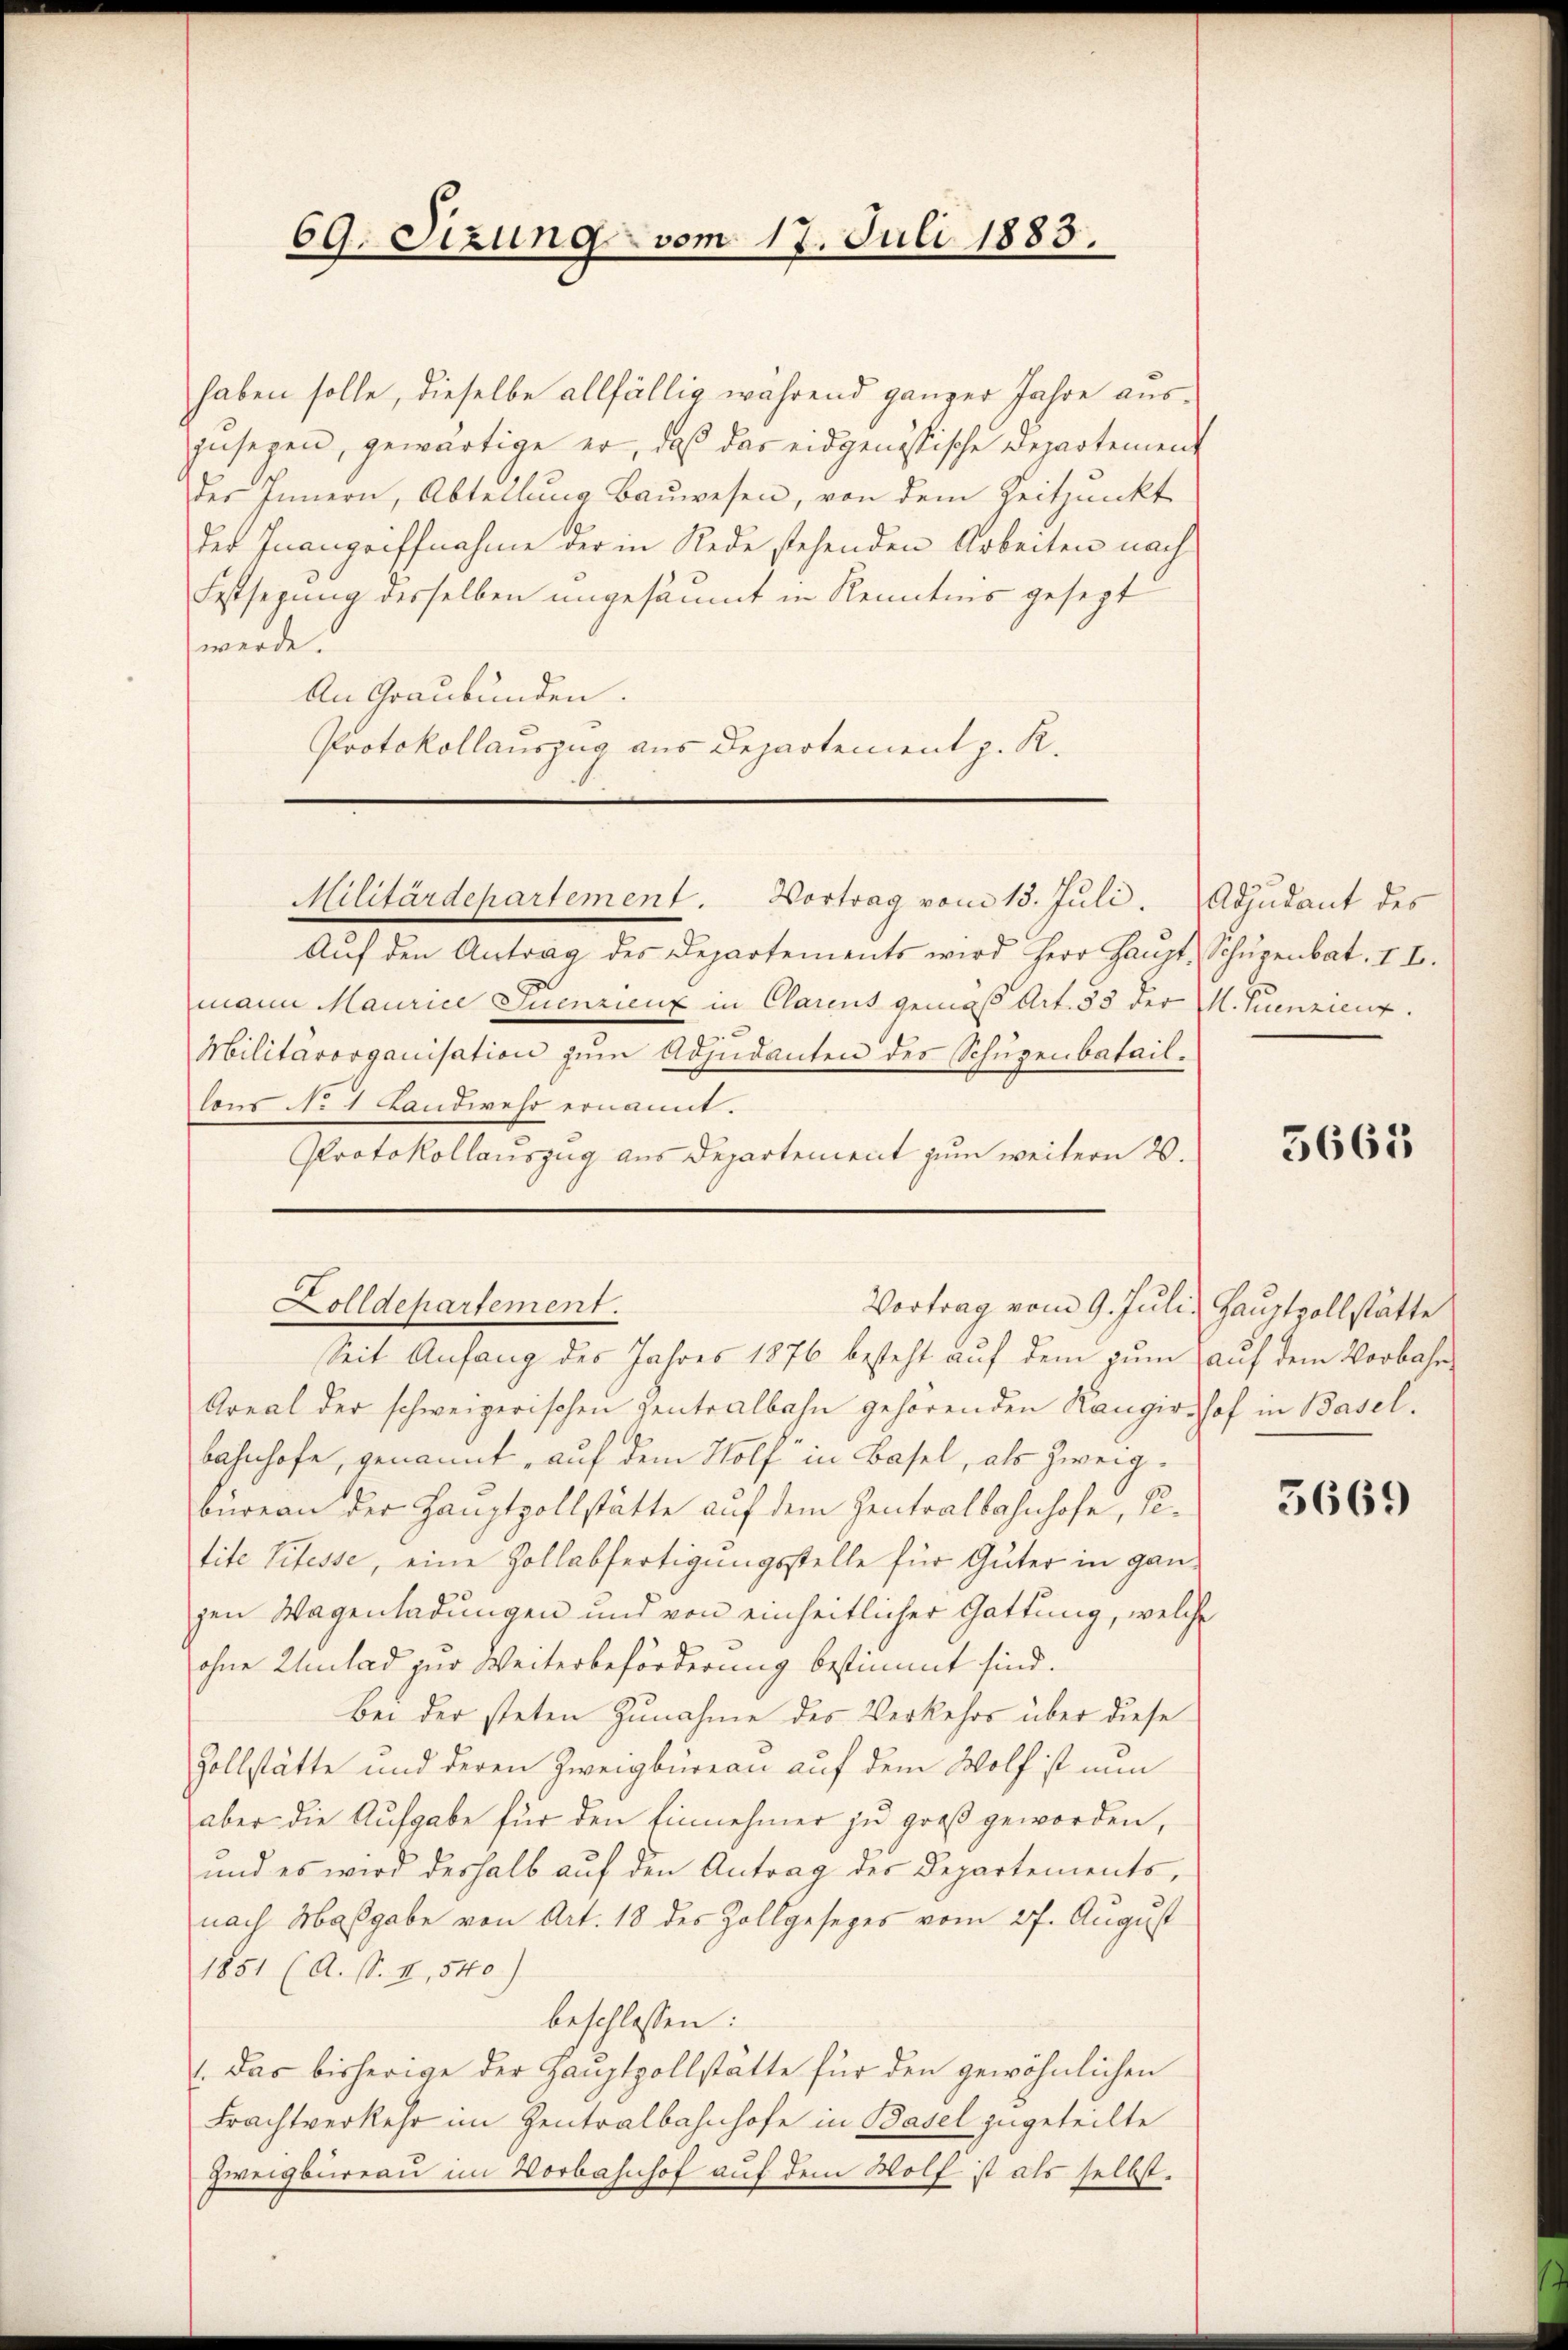
69. Sizung vom 17. Juli 1883.

haben solle, dieselbe allfällig während ganzer Jahre auszusagen, gewärtige er, daß das eidgenössische Departement
der Innern, Abtellung Bauwesen, von dem Zeitpunkt
der Inangriffnahme der in Rede stehenden Arbeiten nach
Festsezung desselben ungesäumt in Kenntnis gesezt
werde.
An Graubünden.
Protokollauszug aus Departement z. R.

Militärdepartement. Vortrag vom 13. Jŭli. Adjudant des

Aŭf den Antrag des Departements wird Herr Haŭpt, Schŭpenbat. II.
mann Maurice Juenzienz in Clarens gemäß Art. 53 der M. Suenzienz
Militärorganisation zum Adjudanten des Schupenbataillons No 4 Landwehr ernannt.
Protokollauszug aus Departement zum weitern 2.

Seit Anfang des Jahres 1876 besteht auf dem zum auf dem Vorbahn¬
Areal der schweizerischen Zentralbahn gehörenden Kangirshof in Baselbahnhofe, genannt, auf dem Holf in Basel, als Zweigbüreau der Hauptzollstätte auf dem Zentralbahnhofe, Petite Titesse, eine Zollabfertigungsstelle für Güter in ganz
gen Wagenladungen und von einheitlicher Gattung, welche
ohne Umlad zur Weiterbeförderung bestimmt sind.
bei der steten Zunahme des Verkehrs über diese
Zollstätte und deren Zweigbüreau auf dem Wolf ist nun
aber die Aufgabe für den Einnehmer zu groß geworden,
und es wird deshalb auf den Antrag der Departements,
nach Maßgabe von Art. 18 des Zollgesezes vom 27. August
1851 (A. st. II, 540)
beschlossen:
1. Das bisherige der Hauptpollstätte für den gewöhnlichen
Frachtverkehr im Zentralbahnhofe in Basel zugeteilte
Zweigbureau im Vorbahnhof auf dem Wolf ist als selbst.

Zolldepartement.
Vortrag vom 9. Juli, Hauptpollstätte

3665

3669